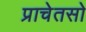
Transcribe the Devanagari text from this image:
प्राचेतसो